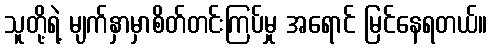
သူတို့ရဲ့ မျက်နှာမှာစိတ်တင်းကြပ်မှု အရောင် မြင်နေရတယ်။